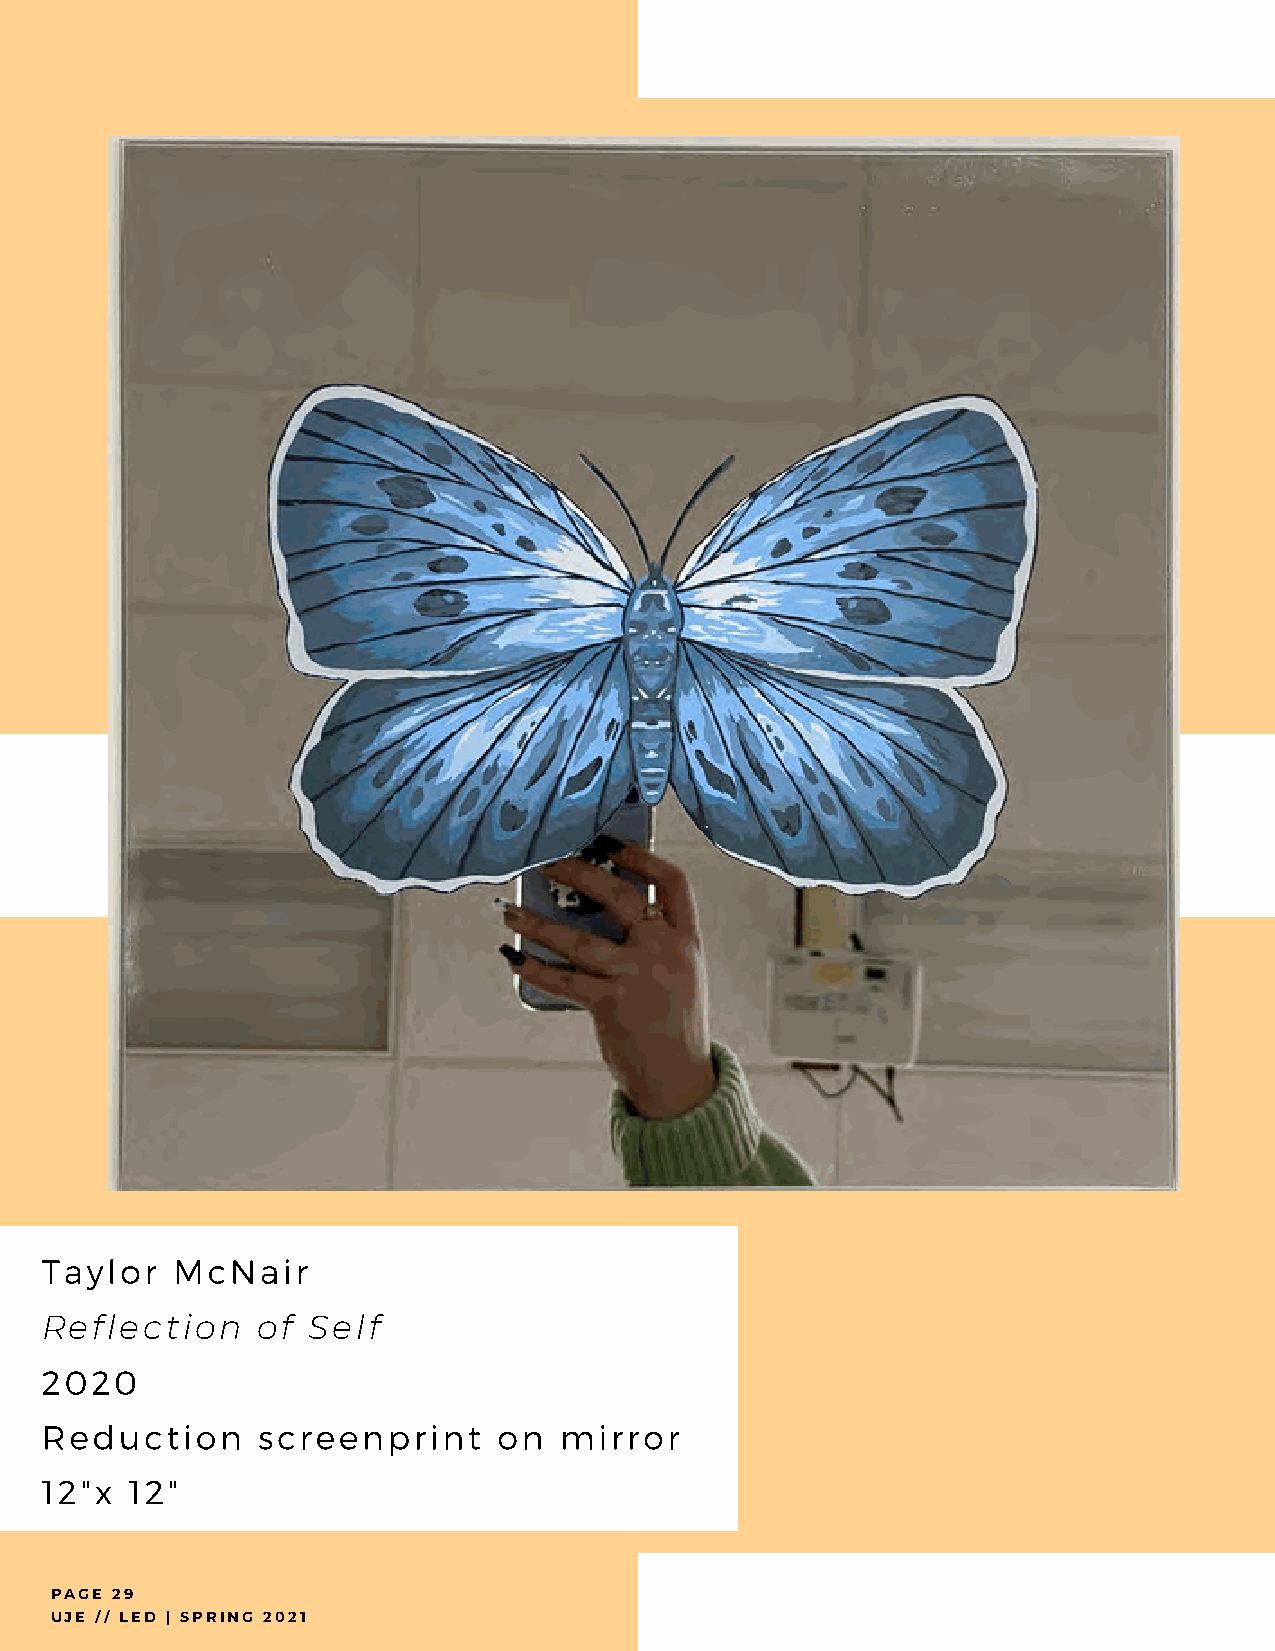
Taylor  McNair
 Reflection    of Self
 2020
 Reduction     screenprint     on  mirror
 12"x  12"
 PAGE 29
 UJE // LED | SPRING 2021